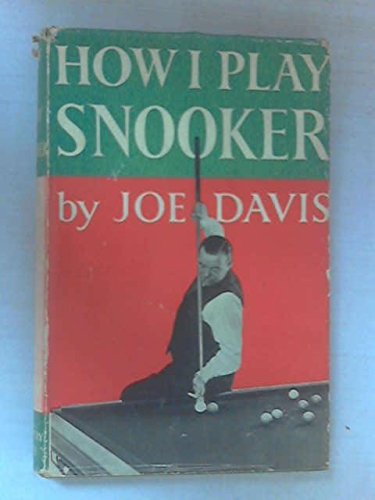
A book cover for How I Play Snooker; JOE DAVIS; Sports & Outdoors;